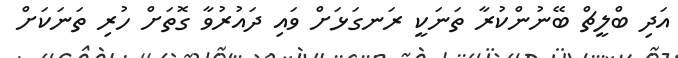
އަދި ބްލީޗް ބޭނުންކުރާ ތަނަކީ ރަނގަޅަށް ވައި ދައުރުވާ ގޮތަށް ހުރި ތަނަކަށް